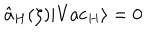
LaTeX: \hat { a } _ { H } ( \zeta ) \vert \mathrm { V a c } _ { H } \rangle = 0